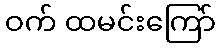
ဝက် ထမင်းကြော်